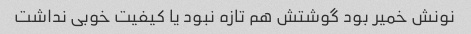
نونش خمیر بود گوشتش هم تازه نبود یا کیفیت خوبی نداشت